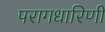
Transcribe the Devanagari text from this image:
परागधारिणी